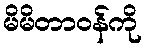
မိမိတာဝန်ကို